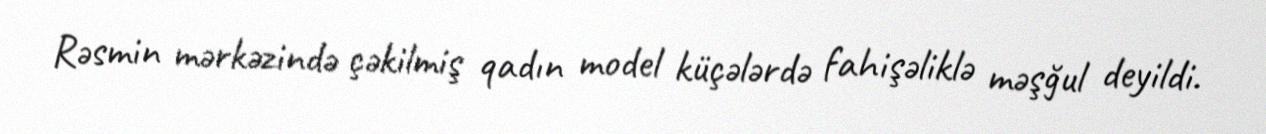
Rəsmin mərkəzində çəkilmiş qadın model küçələrdə fahişəliklə məşğul deyildi.